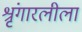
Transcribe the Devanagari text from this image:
श्रृंगारलीला